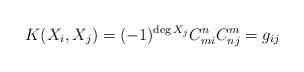
LaTeX: \begin{align*}K(X_i,X_j) = (-1)^{\deg X_j} C_{mi}^n C_{nj}^m = g_{ij}\end{align*}